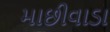
માછીવાડા